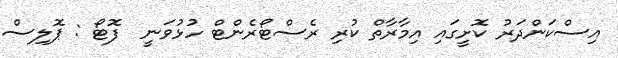
އިސްކަންދަރު ކޮށީގައި އިމާރާތް ކުރި ރެސްޓޯރެންޓް ހުޅުވަނީ  ފޮޓޯ : ޕޮލިސް